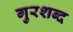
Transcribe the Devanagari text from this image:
गुरशब्द